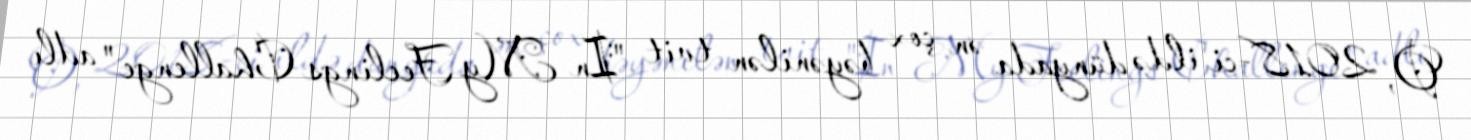
O, 2018-ci ildə dünyada ən çox bəyənilən tvit "In My Feelings Challenge" adlı